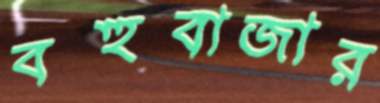
বহুবাজার